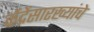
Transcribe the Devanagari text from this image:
केंद्रेंसारख्यांचे